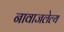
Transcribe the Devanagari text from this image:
नावाजलेल्य